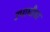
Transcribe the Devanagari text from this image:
उपाधीवर